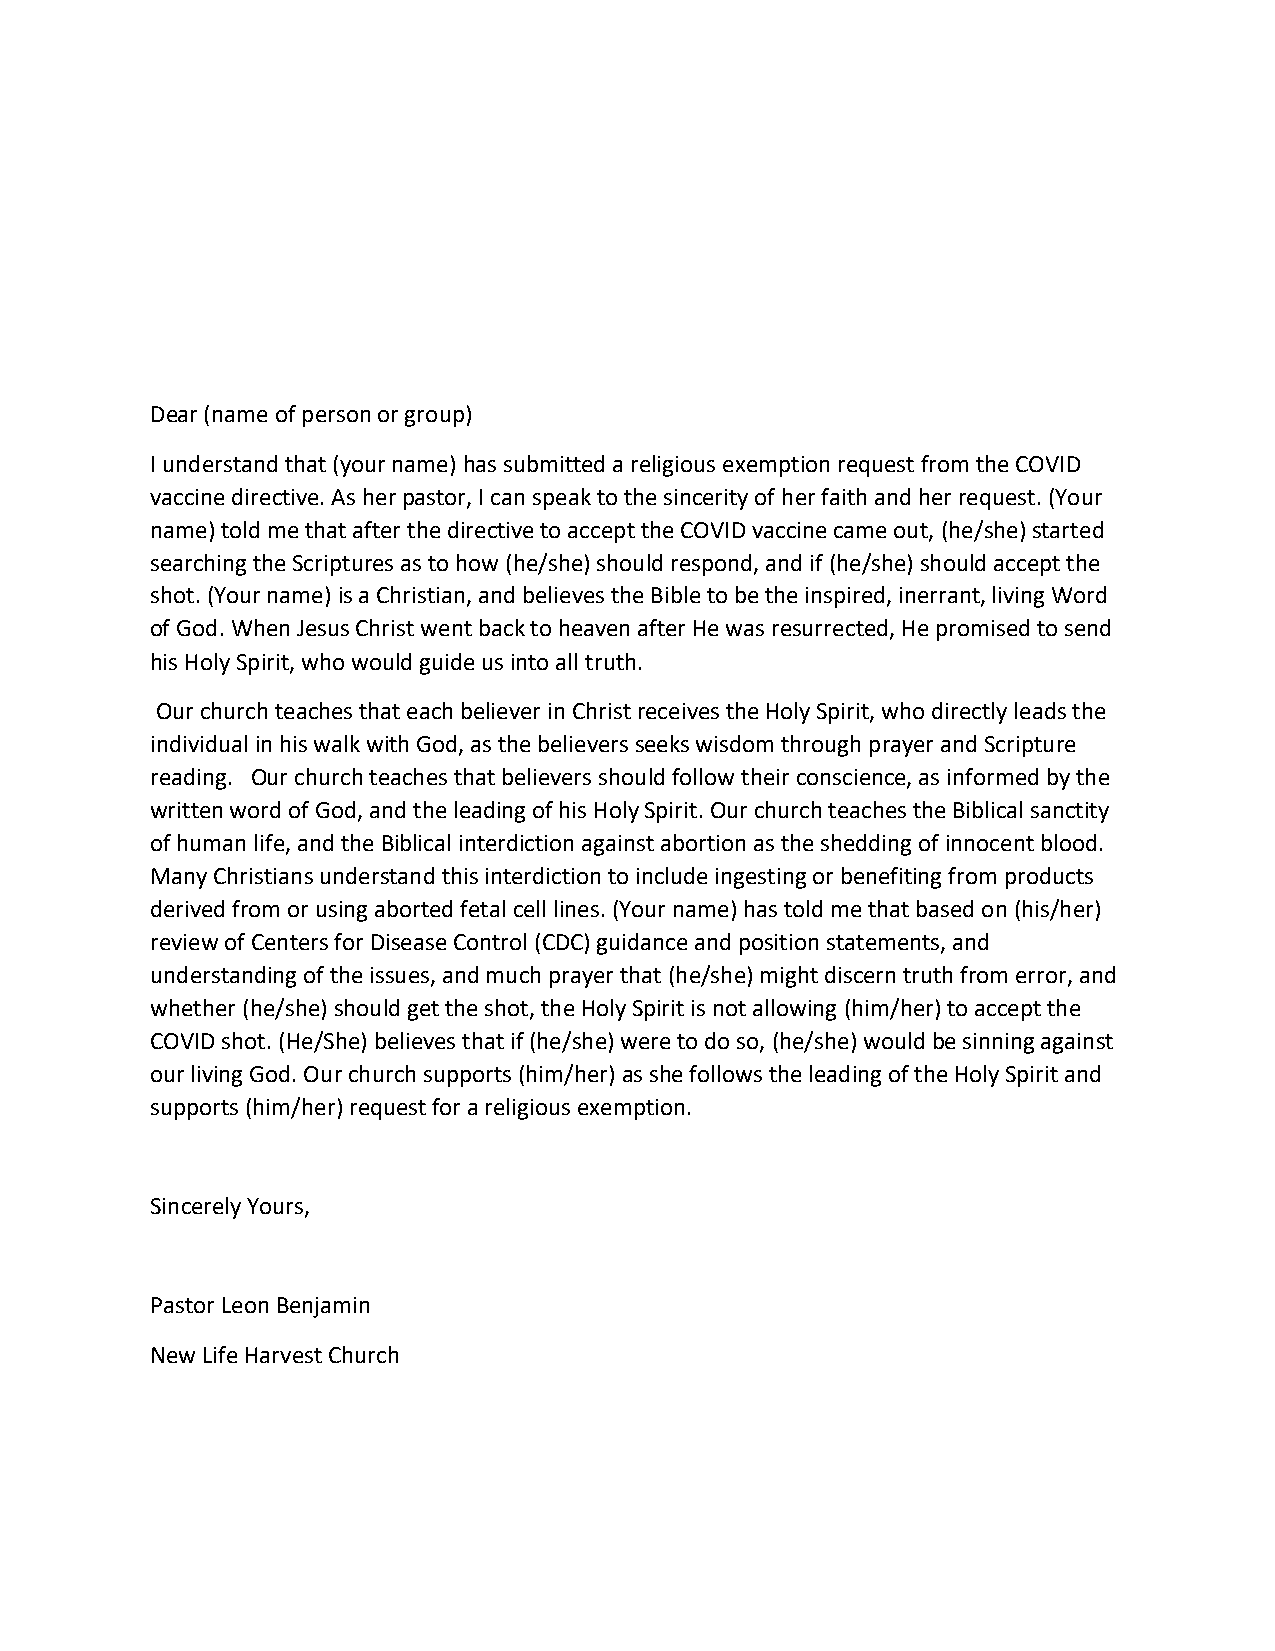
Dear (name of person or group)
 I understand that (your name) has submitted a religious exemption request from the COVID
 vaccine directive. As her pastor, I can speak to the sincerity of her faith and her request. (Your
 name) told me that after the directive to accept the COVID vaccine came out, (he/she) started
 searching the Scriptures as to how (he/she) should respond, and if (he/she) should accept the
 shot. (Your name) is a Christian, and believes the Bible to be the inspired, inerrant, living Word
 of God. When Jesus Christ went back to heaven after He was resurrected, He promised to send
 his Holy Spirit, who would guide us into all truth.
 Our church teaches that each believer in Christ receives the Holy Spirit, who directly leads the
 individual in his walk with God, as the believers seeks wisdom through prayer and Scripture
 reading. Our church teaches that believers should follow their conscience, as informed by the
 written word of God, and the leading of his Holy Spirit. Our church teaches the Biblical sanctity
 of human life, and the Biblical interdiction against abortion as the shedding of innocent blood.
 Many Christians understand this interdiction to include ingesting or benefiting from products
 derived from or using aborted fetal cell lines. (Your name) has told me that based on (his/her)
 review of Centers for Disease Control (CDC) guidance and position statements, and
 understanding of the issues, and much prayer that (he/she) might discern truth from error, and
 whether (he/she) should get the shot, the Holy Spirit is not allowing (him/her) to accept the
 COVID shot. (He/She) believes that if (he/she) were to do so, (he/she) would be sinning against
 our living God. Our church supports (him/her) as she follows the leading of the Holy Spirit and
 supports (him/her) request for a religious exemption.
 Sincerely Yours,
 Pastor Leon Benjamin
 New Life Harvest Church